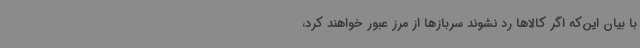
با بیان این‌که اگر کالاها رد نشوند سربازها از مرز عبور خواهند کرد،